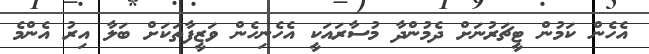
އެހެން ކަމުން ޓީޗަރުނަށް ދެމުންދާ މުސާރައަކީ އެހެނިހެން ވަޒީފާތަކަށް ބަލާ އިރު އެންމެ